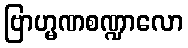
ဗြာဟ္မဏစဏ္ဍာလော